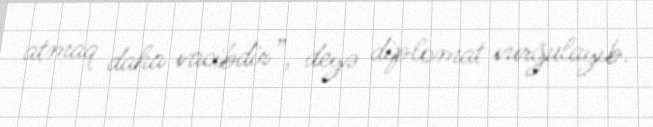
atmaq daha vacibdir”, deyə diplomat vurğulayıb.